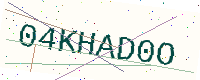
Text: 04KHAD0O